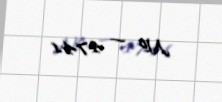
№ — 4741